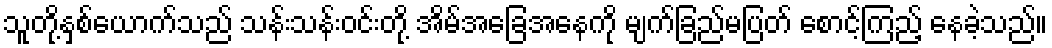
သူတို့နှစ်ယောက်သည် သန်းသန်းဝင်းတို့ အိမ်အခြေအနေကို မျက်ခြည်မပြတ် စောင့်ကြည့် နေခဲ့သည်။